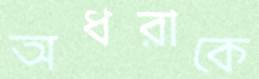
অধরাকে